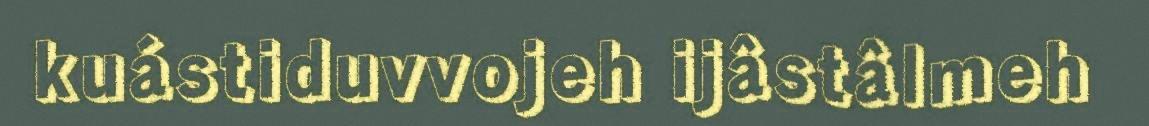
kuástiduvvojeh ijâstâlmeh